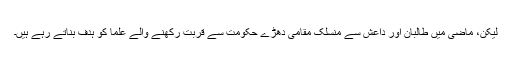
لیکن، ماضی میں طالبان اور داعش سے منسلک مقامی دھڑے حکومت سے قربت رکھنے والے علما کو ہدف بناتے رہے ہیں۔